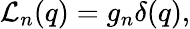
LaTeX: {\cal L}_{n}(q)=g_{n}\delta(q),